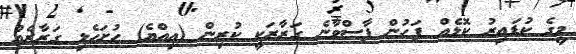
މީގެ ކުޑައިރު ކޮޅެއް ފަހުން ފާސްވާނެ ގަރާރަކީ ކުރިން (އިއްޔެ) ހުށަހެޅި ގަރާރެއް